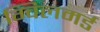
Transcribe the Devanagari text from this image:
ग्विलमर्ड